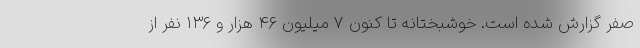
صفر گزارش شده است. خوشبختانه تا کنون ۷ میلیون ۴۶ هزار و ۱۳۶ نفر از